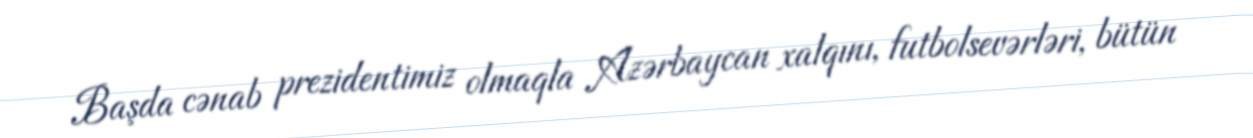
Başda cənab prezidentimiz olmaqla Azərbaycan xalqını, futbolsevərləri, bütün